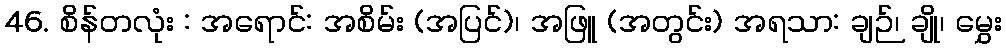
46. စိန်တလုံး : အရောင်: အစိမ်း (အပြင်)၊ အဖြူ (အတွင်း) အရသာ: ချဉ်၊ ချို၊ မွှေး